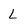
Character: L